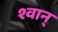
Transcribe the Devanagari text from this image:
श्वान्